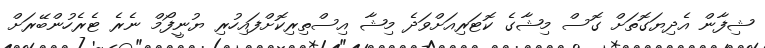
ޝިފާން އެދިޔަގޮތަށް ގޮސް މިޝާގެ ކޮޓަރިއަށްވަދެ މިޝާ އިސްތިރިކޮށްފައިހުރި ޔުނީފޯމް ނެރެ ޓެރެހުންބޭރަށް